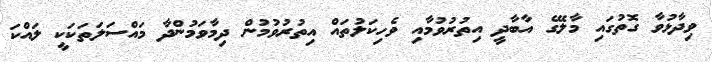
ވިދާޅުވާ ގޮތުގައި މާލޭގެ އާބާދީ އިތުރުވުމާއި ވެހިކަލުތައް އިތުރުވުމުން ދިމާވަމުންދާ މައްސަލަތަކަކީ ލައްކަ